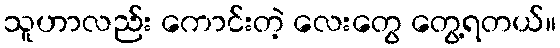
သူဟာလည်း ကောင်းတဲ့ လေးတွေ တွေ့ရတယ်။